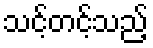
သင့်တင့်သည့်